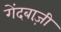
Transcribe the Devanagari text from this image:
गेंदबाज़़ी